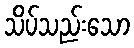
သိပ်သည်းသော